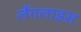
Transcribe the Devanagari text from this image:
लैंगलाइस